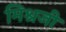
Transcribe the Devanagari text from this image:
मिश्रजी